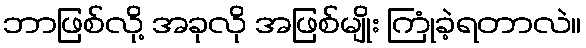
ဘာဖြစ်လို့ အခုလို အဖြစ်မျိုး ကြုံခဲ့ရတာလဲ။